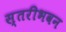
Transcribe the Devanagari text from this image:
स्तरीभवन